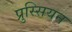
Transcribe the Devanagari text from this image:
प्रुस्सियन